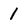
Character: 1